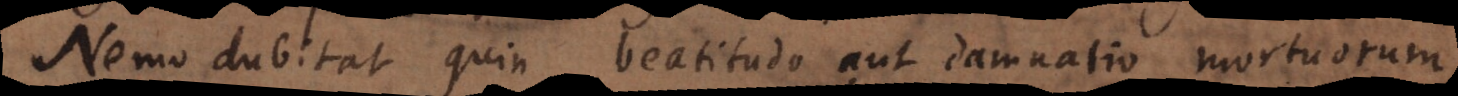
Nemo dubitat quin beatitudo aut damnatio mortuorum